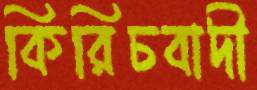
কিরিচবাদী